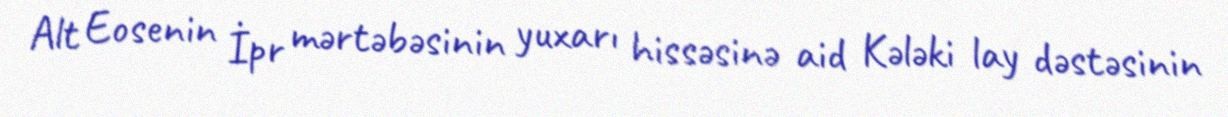
Alt Eosenin İpr mərtəbəsinin yuxarı hissəsinə aid Kələki lay dəstəsinin